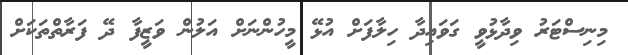
މިނިސްޓަރު ވިދާޅުވީ ގަވައިދާ ހިލާފަށް އުޅޭ މީހުންނަށް އަލުން ވަޒީފާ ދޭ ފަރާތްތަކަށް